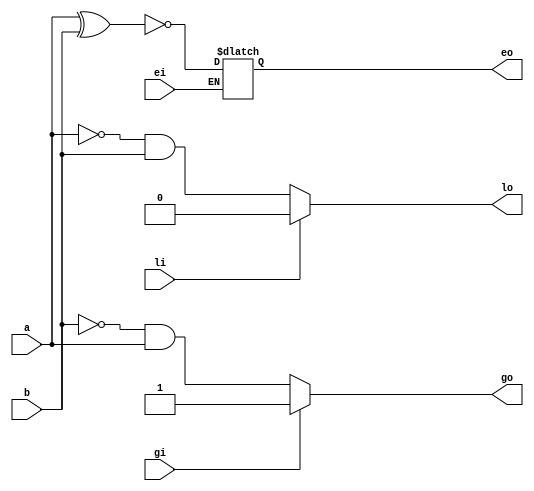
`timescale 1ns / 1ps
module obtcom(a,b,li,gi,ei,lo,go,eo);
input a,b,li,gi,ei;
output reg lo,go,eo;
always@(a or b or li or gi or ei) begin
lo<=li?1'b0:(~a&b);
go<=gi?1'b1:(~b&a);
if(ei) eo<=~(a^b);
end
endmodule